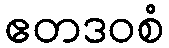
ဧတဒဝစံ